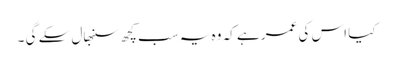
کیا اس کی عمر ہے کہ وہ یہ سب کچھ سنبھال سکے گی ۔